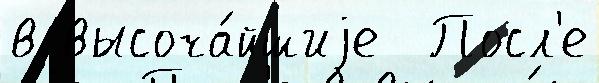
в высоча́йшиjе  Посл'е